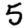
Digit: 5